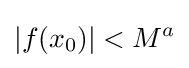
|f(x_{0})|<M^{a}